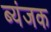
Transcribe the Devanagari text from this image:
ब्यंजक